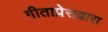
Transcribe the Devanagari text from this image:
गीताप्रेसद्वारा